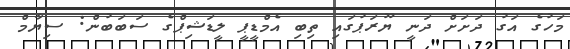
މަހުގެ އަގު ދަށަށް ދަނީ ޔޫރަޕުގައި ތިބި އެމްޑީޕީ ލީޑަޝިޕްގެ ސަބަބުން: ސިޔާމް